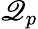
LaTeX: \mathscr{Q}_{p}